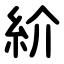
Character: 紒